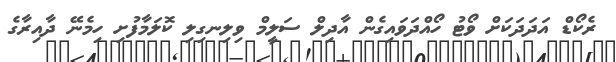
ރެކޯޑް އަދަދަކަށް ވޯޓު ހޯއްދަވައިގެން އާދިލް ސަލީމް ވިލިނގިލި ކޮލަމާފުށި ހިމެނޭ ދާއިރާގެ